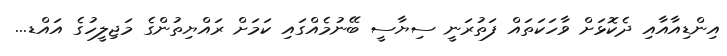
އިންޑިއާއާއި ދެކޮޅަށް ވާހަކަތައް ފަތުރަނީ ސިޔާސީ ބޭނުމެއްގައި ކަމަށް ރައްޔިތުންގެ މަޖިލީހުގެ އައްޑ...